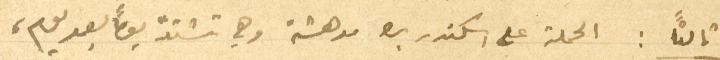
ثالثًا: الحملة على اسكندر بك مدهشة وهي تشتد يومًا بعد يوم،